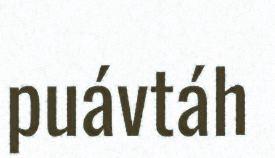
puávtáh